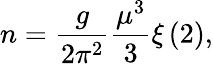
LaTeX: n=\frac{g}{2\pi^{2}}\frac{\mu^{3}}{3}\xi\left(2\right),